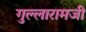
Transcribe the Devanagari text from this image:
गुल्लारामजी